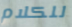
للكلام